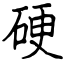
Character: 硬